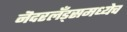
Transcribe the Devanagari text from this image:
नॆदरलँड्समध्येच